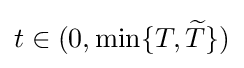
t\in (0,\min\{T,{\widetilde {T}}\})